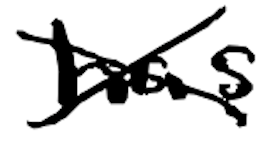
Text: has
Cross-out: mix
Writing tool: digital_black